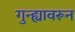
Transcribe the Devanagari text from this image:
गुन्ह्यावरून